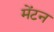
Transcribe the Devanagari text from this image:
मेंटन